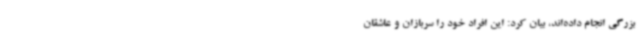
بزرگی انجام داده‌اند، بیان کرد: این افراد خود را سربازان و عاشقان